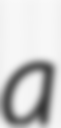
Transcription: a